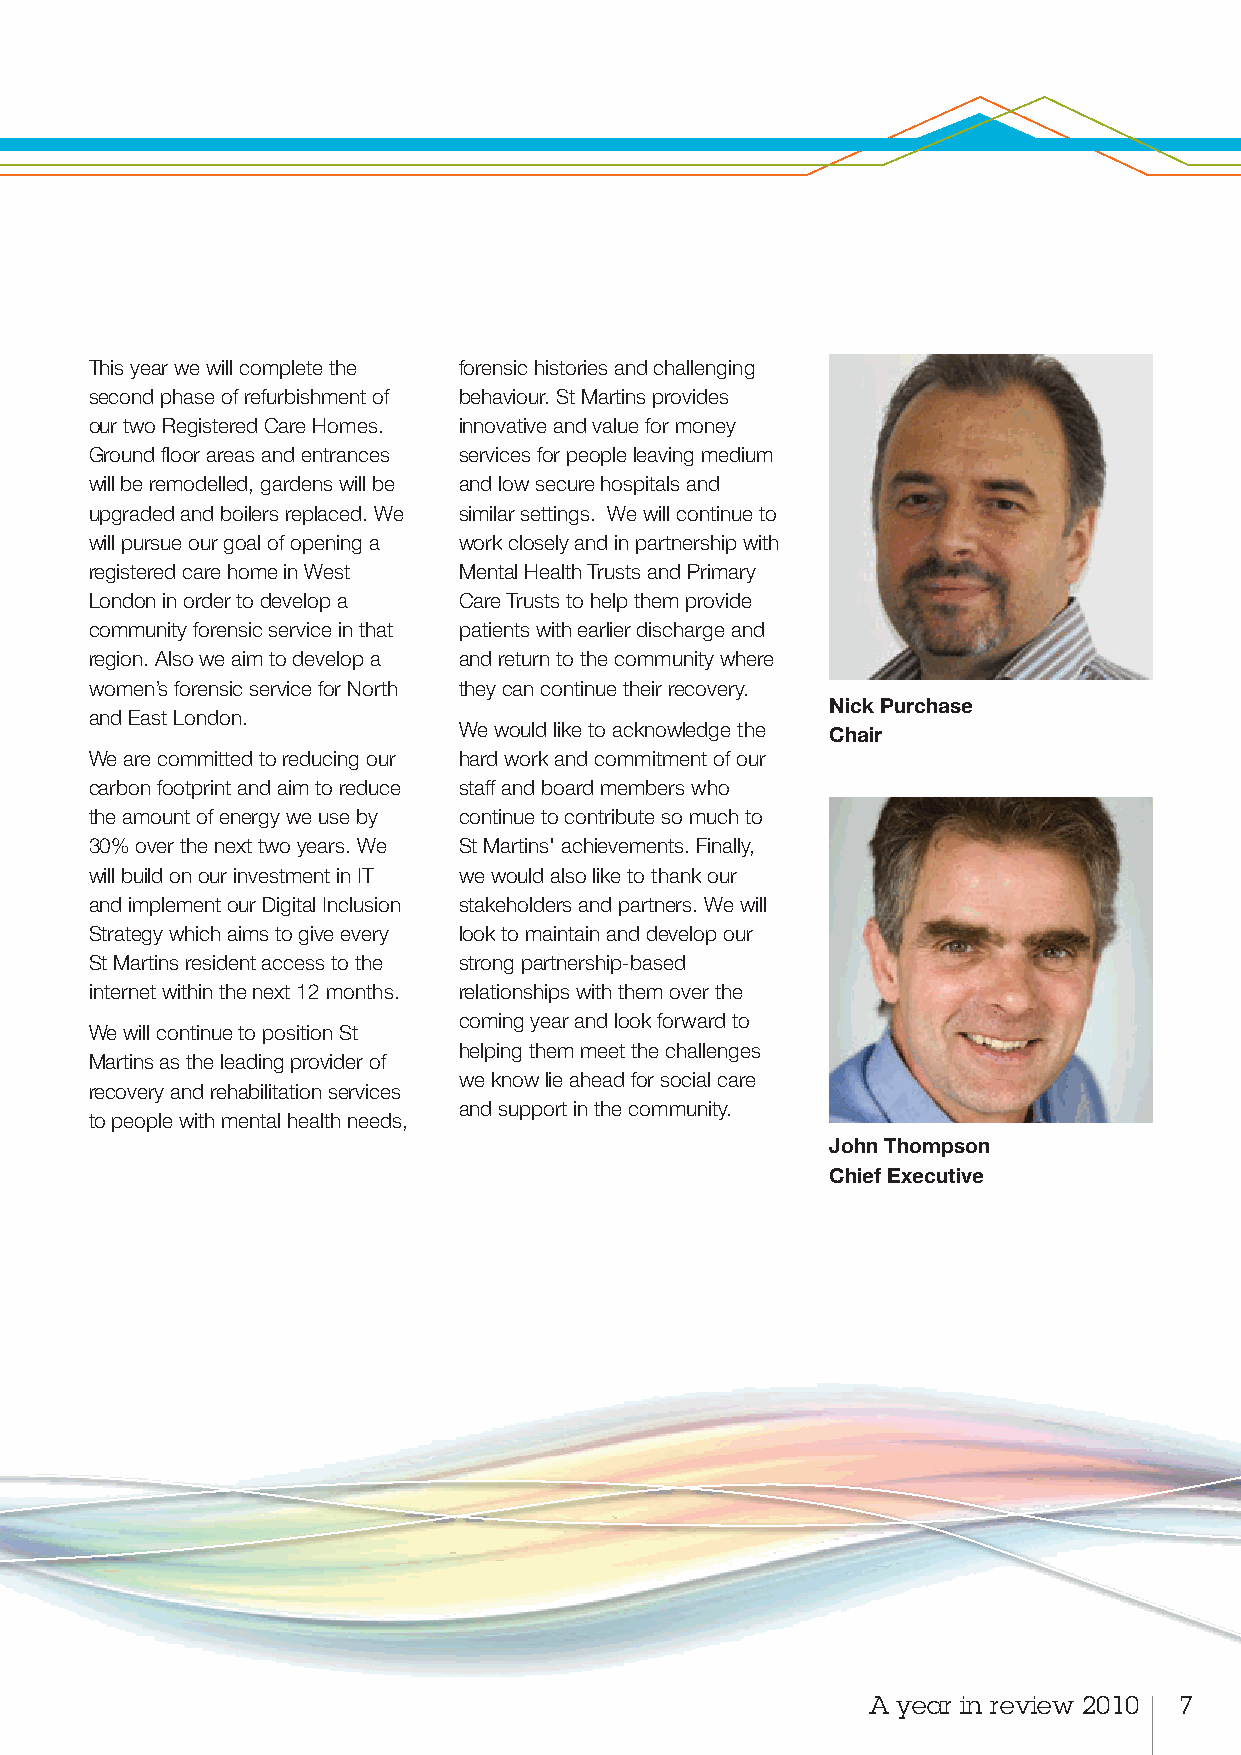
This year we will complete the forensic histories and challenging
 second phase of refurbishment of behaviour. St Martins provides
 our two Registered Care Homes. innovative and value for money
 Ground floor areas and entrances services for people leaving medium
 will be remodelled, gardens will be and low secure hospitals and
 upgraded and boilers replaced. We similar settings. We will continue to
 will pursue our goal of opening a work closely and in partnership with
 registered care home in West Mental Health Trusts and Primary
 London in order to develop a Care Trusts to help them provide
 community forensic service in that patients with earlier discharge and
 region. Also we aim to develop a and return to the community where
 women’s forensic service for North they can continue their recovery.
 Nick Purchase
 and East London.
 We would like to acknowledge the Chair
 We are committed to reducing our hard work and commitment of our
 carbon footprint and aim to reduce staff and board members who
 the amount of energy we use by continue to contribute so much to
 30% over the next two years. We St Martins' achievements. Finally,
 will build on our investment in IT we would also like to thank our
 and implement our Digital Inclusion stakeholders and partners. We will
 Strategy which aims to give every look to maintain and develop our
 St Martins resident access to the strong partnership-based
 internet within the next 12 months. relationships with them over the
 coming year and look forward to
 We will continue to position St
 helping them meet the challenges
 Martins as the leading provider of
 we know lie ahead for social care
 recovery and rehabilitation services
 and support in the community.
 to people with mental health needs,
 John Thompson
 Chief Executive
 A year in review 2010 7